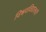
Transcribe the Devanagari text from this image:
विश्ववविद्यालयों